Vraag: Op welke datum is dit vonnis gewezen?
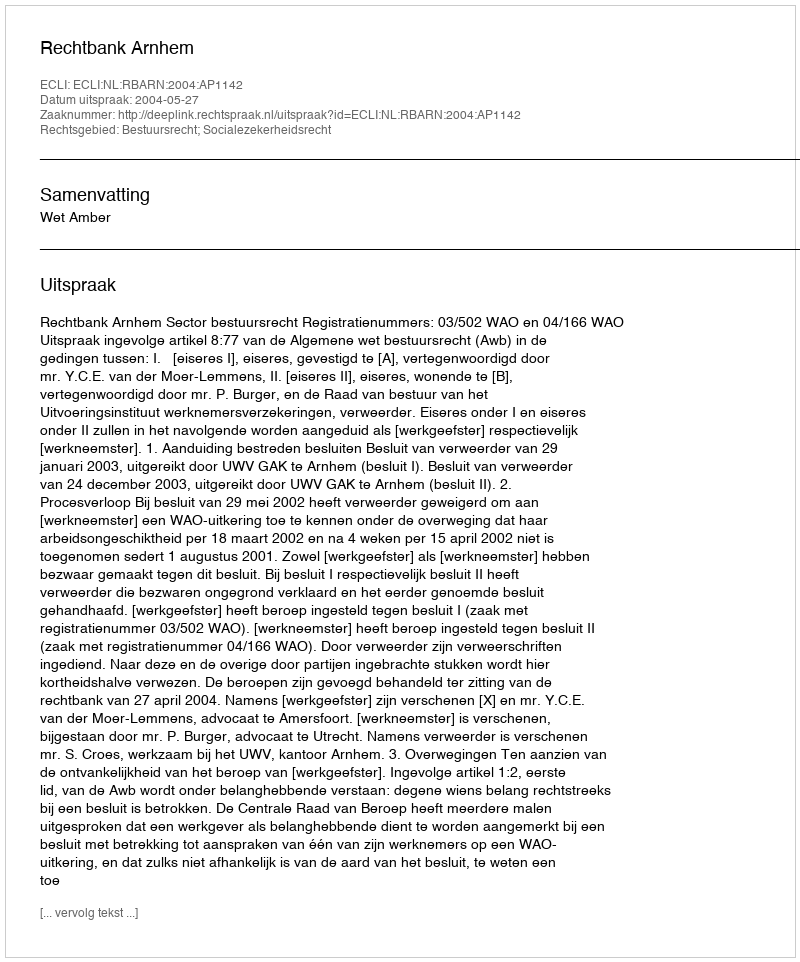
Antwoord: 2004-05-27